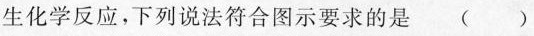
生化学反应，下列说法符合图示要求的是( )